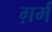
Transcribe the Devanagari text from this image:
ग़र्म